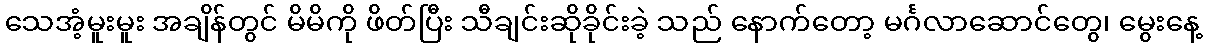
သေအံ့မူးမူး အချိန်တွင် မိမိကို ဖိတ်ပြီး သီချင်းဆိုခိုင်းခဲ့ သည် နောက်တော့ မင်္ဂလာဆောင်တွေ၊ မွေးနေ့